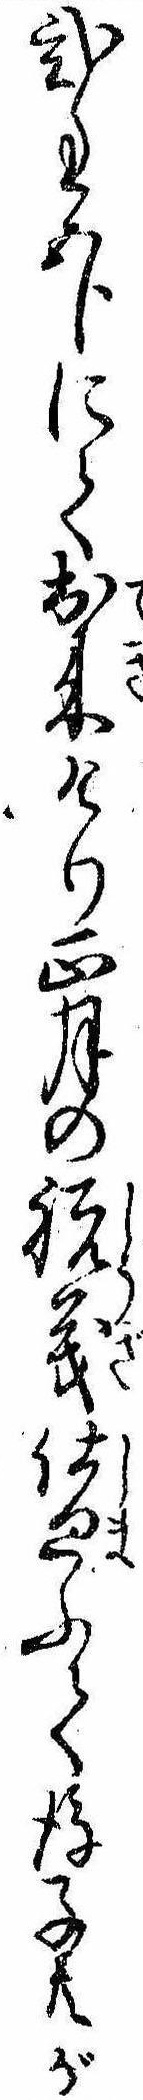
弐匁五分にて出来けり正月の祝義仕廻ふて後子供が